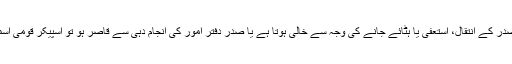
آئین کے آرٹیکل 49 شق (1) کے مطابق صدر کے انتقال، استعفیٰ یا ہٹائے جانے کی وجہ سے خالی ہوتا ہے یا صدر دفتر امور کی انجام دہی سے قاصر ہو تو اسپیکر قومی اسمبلی کو صدارتی اختیارات حاصل ہوں گے۔